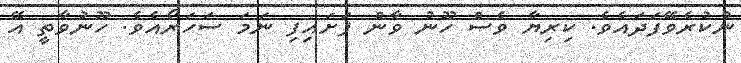
ނުކުރެވޭފަދައެވެ. ކިރިޔާ ވެސް ހޫނު ވާން ފަށައިފި ނަމަ ސަހަރޯއެވެ. ހޫނުވާތީ އޭ